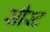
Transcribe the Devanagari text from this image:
सीस्ट